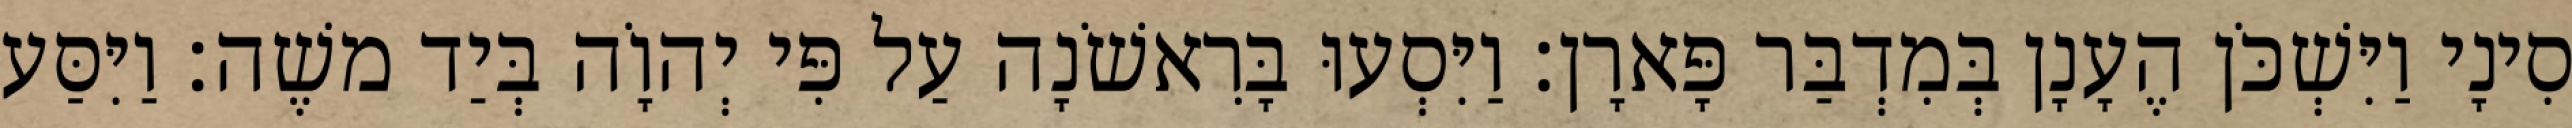
סִינָי וַיִּשְׁכֹּן הֶעָנָן בְּמִדְבַּר פָּארָן׃ וַיִּסְעוּ בָּרִאשֹׁנָה עַל פִּי יְהוָֹה בְּיַד משֶׁה׃ וַיִּסַּע